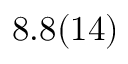
8 . 8 ( 1 4 )